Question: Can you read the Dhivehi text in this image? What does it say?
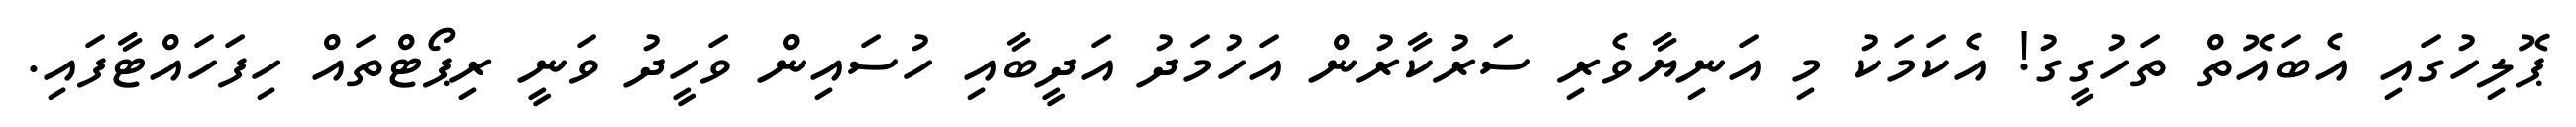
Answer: ޕޮލިހުގައި އެބައޮތް ތަހުގީގު! އެކަމަކު މި އަނިޔާވެރި ސަރުކާރުން އަހުމަދު އަދީބާއި ހުސައިން ވަހީދު ވަނީ ރިޕޯޓްތައް ހިފަހައްޓާފައި.